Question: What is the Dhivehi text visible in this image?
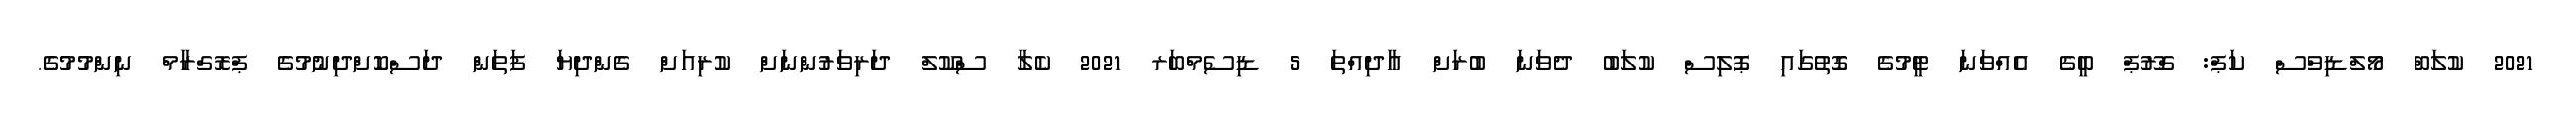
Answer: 2021 ކުލަބް މޯލްޑިވްސް ކަޕް: ގްރޫޕް ބީގެ އެއްވަނަ ޓީމުގެ ގޮތުގައި ޕޮލިސް ކުލަބު ދެވަނަ ބުރަށް އާދިއްތަ 5 ޑިސެމްބަރ 2021 ކެލާ ސްކޫލް ދަރިވަރުންނަށް ކުރިއަށް ގެންދިޔަ ފަތަން ދަސްކޮށްދިނުމުގެ ޕްރޮގްރާމް ނިންމުމުގެ.